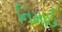
નિમાઈ